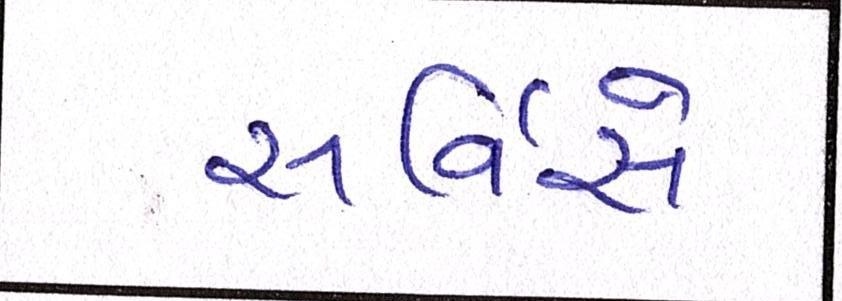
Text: સર્વિસે